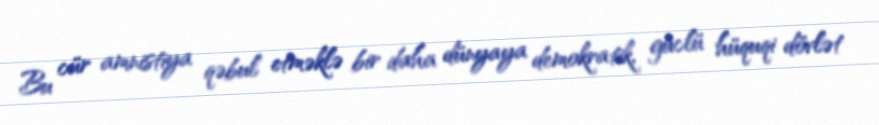
Bu cür amnistiya qəbul etməklə bir daha dünyaya demokratik, güclü hüquqi dövlət